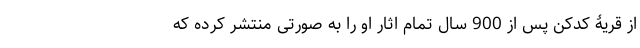
از قریۀ کدکن پس از 900 سال تمام اثار او را به صورتی منتشر کرده که